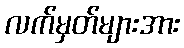
လက်မှတ်များအား